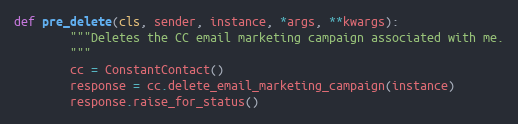
Language: Python
def pre_delete(cls, sender, instance, *args, **kwargs):
        """Deletes the CC email marketing campaign associated with me.
        """
        cc = ConstantContact()
        response = cc.delete_email_marketing_campaign(instance)
        response.raise_for_status()